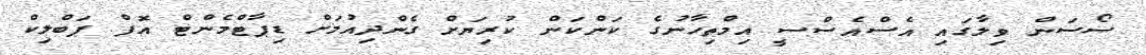
ސޯސަން ވިލާގައި އެސްއެސްސީ އިމްތިހާނުގެ ކަންކަން ކުރިޔަށް ގެންދިއުމަށް ޑިޕާޓްމެންޓް އޮފް ޕަބްލިކް